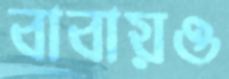
বাবায়ও